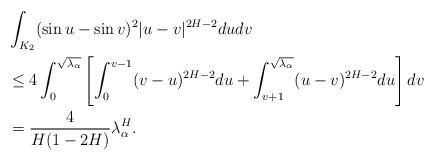
LaTeX: \begin{align*}&\int_{K_2} (\sin u-\sin v)^2|u-v|^{2H-2}dudv \\&\leq 4\int_0^{\sqrt{\lambda_\alpha}} \left[\int_0^{v-1} (v-u)^{2H-2}du+\int_{v+1}^{\sqrt{\lambda_\alpha}} (u-v)^{2H-2}du\right] dv \\&=\frac{4}{H(1-2H)}\lambda_\alpha^H.\end{align*}